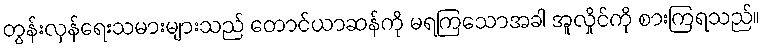
တွန်းလှန်ရေးသမားများသည် တောင်ယာဆန်ကို မရကြသောအခါ အူလှိုင်ကို စားကြရသည်။